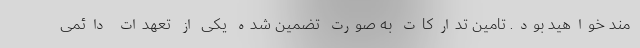
مند خواهید بود. تامین تدارکات به صورت تضمین شده یکی از تعهدات دائمی